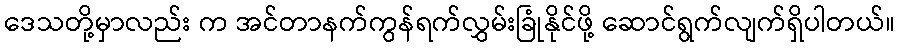
ဒေသတို့မှာလည်း က အင်တာနက်ကွန်ရက်လွှမ်းခြုံနိုင်ဖို့ ဆောင်ရွက်လျက်ရှိပါတယ်။